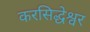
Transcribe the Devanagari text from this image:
करसिद्धेश्वर